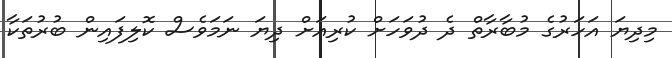
މިދިޔަ އަހަރުގެ މުބާރާތް ދެ ދުވަހަށް ކުރިއަށް ދިޔަ ނަމަވެސް ކޮލިފައިން ބުރުތަކާ